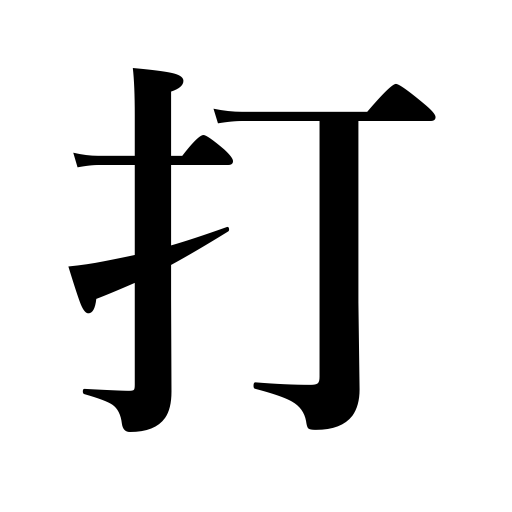
Meanings: touch,impress,clap one's hands,strike,knock,beat a drum,present a play,play checkers,smite,ring a bell,cast a net,thrash,clocks strike,prepare buckwheat noodles,shoot,temper a sword,pay earnest money,hit,punch,till the soil,slap,water,striking,sprinkle,braid,beat,pound in a nail